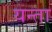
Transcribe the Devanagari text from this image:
यन्ता